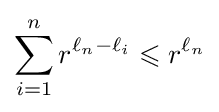
\sum _{i=1}^{n}r^{\ell _{n}-\ell _{i}}\leqslant r^{\ell _{n}}